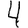
Digit: 4